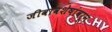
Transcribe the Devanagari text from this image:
जीवावशेषांवरून